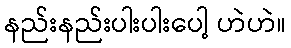
နည်းနည်းပါးပါးပေါ့ ဟဲဟဲ။